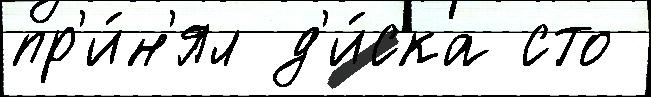
пр'и́н'ял д'и́ска сто